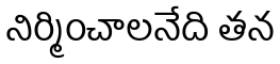
నిర్మించాలనేది తన